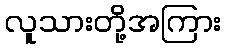
လူသားတို့အကြား